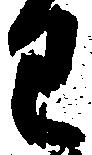
わ